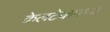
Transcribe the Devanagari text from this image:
केलटेकमध्ये